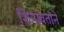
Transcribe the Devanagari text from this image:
शिनावताने